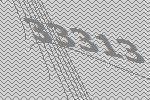
33313